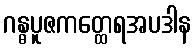
ဂန္ဓပူဇကတ္ထေရအပဒါန